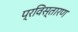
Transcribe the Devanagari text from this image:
प्रविस्तारण